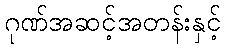
ဂုဏ်အဆင့်အတန်းနှင့်